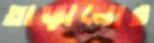
তাড়ানোর